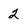
Character: 2